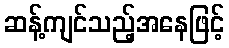
ဆန့်ကျင်သည့်အနေဖြင့်